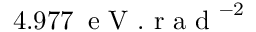
4 . 9 7 7 \, \mathrm { ~ e ~ V ~ . ~ r ~ a ~ d ~ } ^ { - 2 }